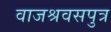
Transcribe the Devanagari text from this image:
वाजश्रवसपुत्र